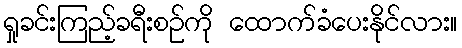
ရှုခင်းကြည့်ခရီးစဉ်ကို ထောက်ခံပေးနိုင်လား။